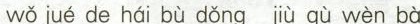
wǒ jué de hái bù dǒng jiù qù wèn bà